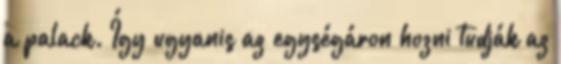
a palack. Így ugyanis az egységáron hozni tudják az